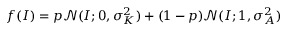
f ( I ) = p \mathcal { N } ( I ; 0 , \sigma _ { K } ^ { 2 } ) + ( 1 - p ) \mathcal { N } ( I ; 1 , \sigma _ { A } ^ { 2 } )